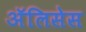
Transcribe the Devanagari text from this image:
ॲलिसेस